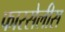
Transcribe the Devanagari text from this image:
फारसेलीस